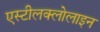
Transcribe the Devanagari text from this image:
एस्टीलक्लोलाइन